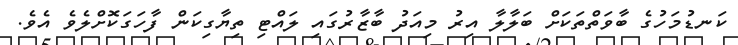
ކަނޑުމަހުގެ ބާވަތްތަކަށް ބަލާލާ އިރު މިއަދު ބާޒާރުގައި ލައްޓި ތިޔާގިކަން ފާހަގަކޮށްލެވެ އެވެ.